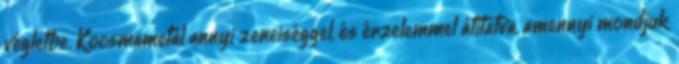
végletbe. Kocsmametal annyi zeneiséggel, és érzelemmel átitatva, amennyi mondjuk